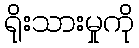
ရိုးသားမှုကို